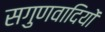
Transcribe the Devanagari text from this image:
सगुणवादियों